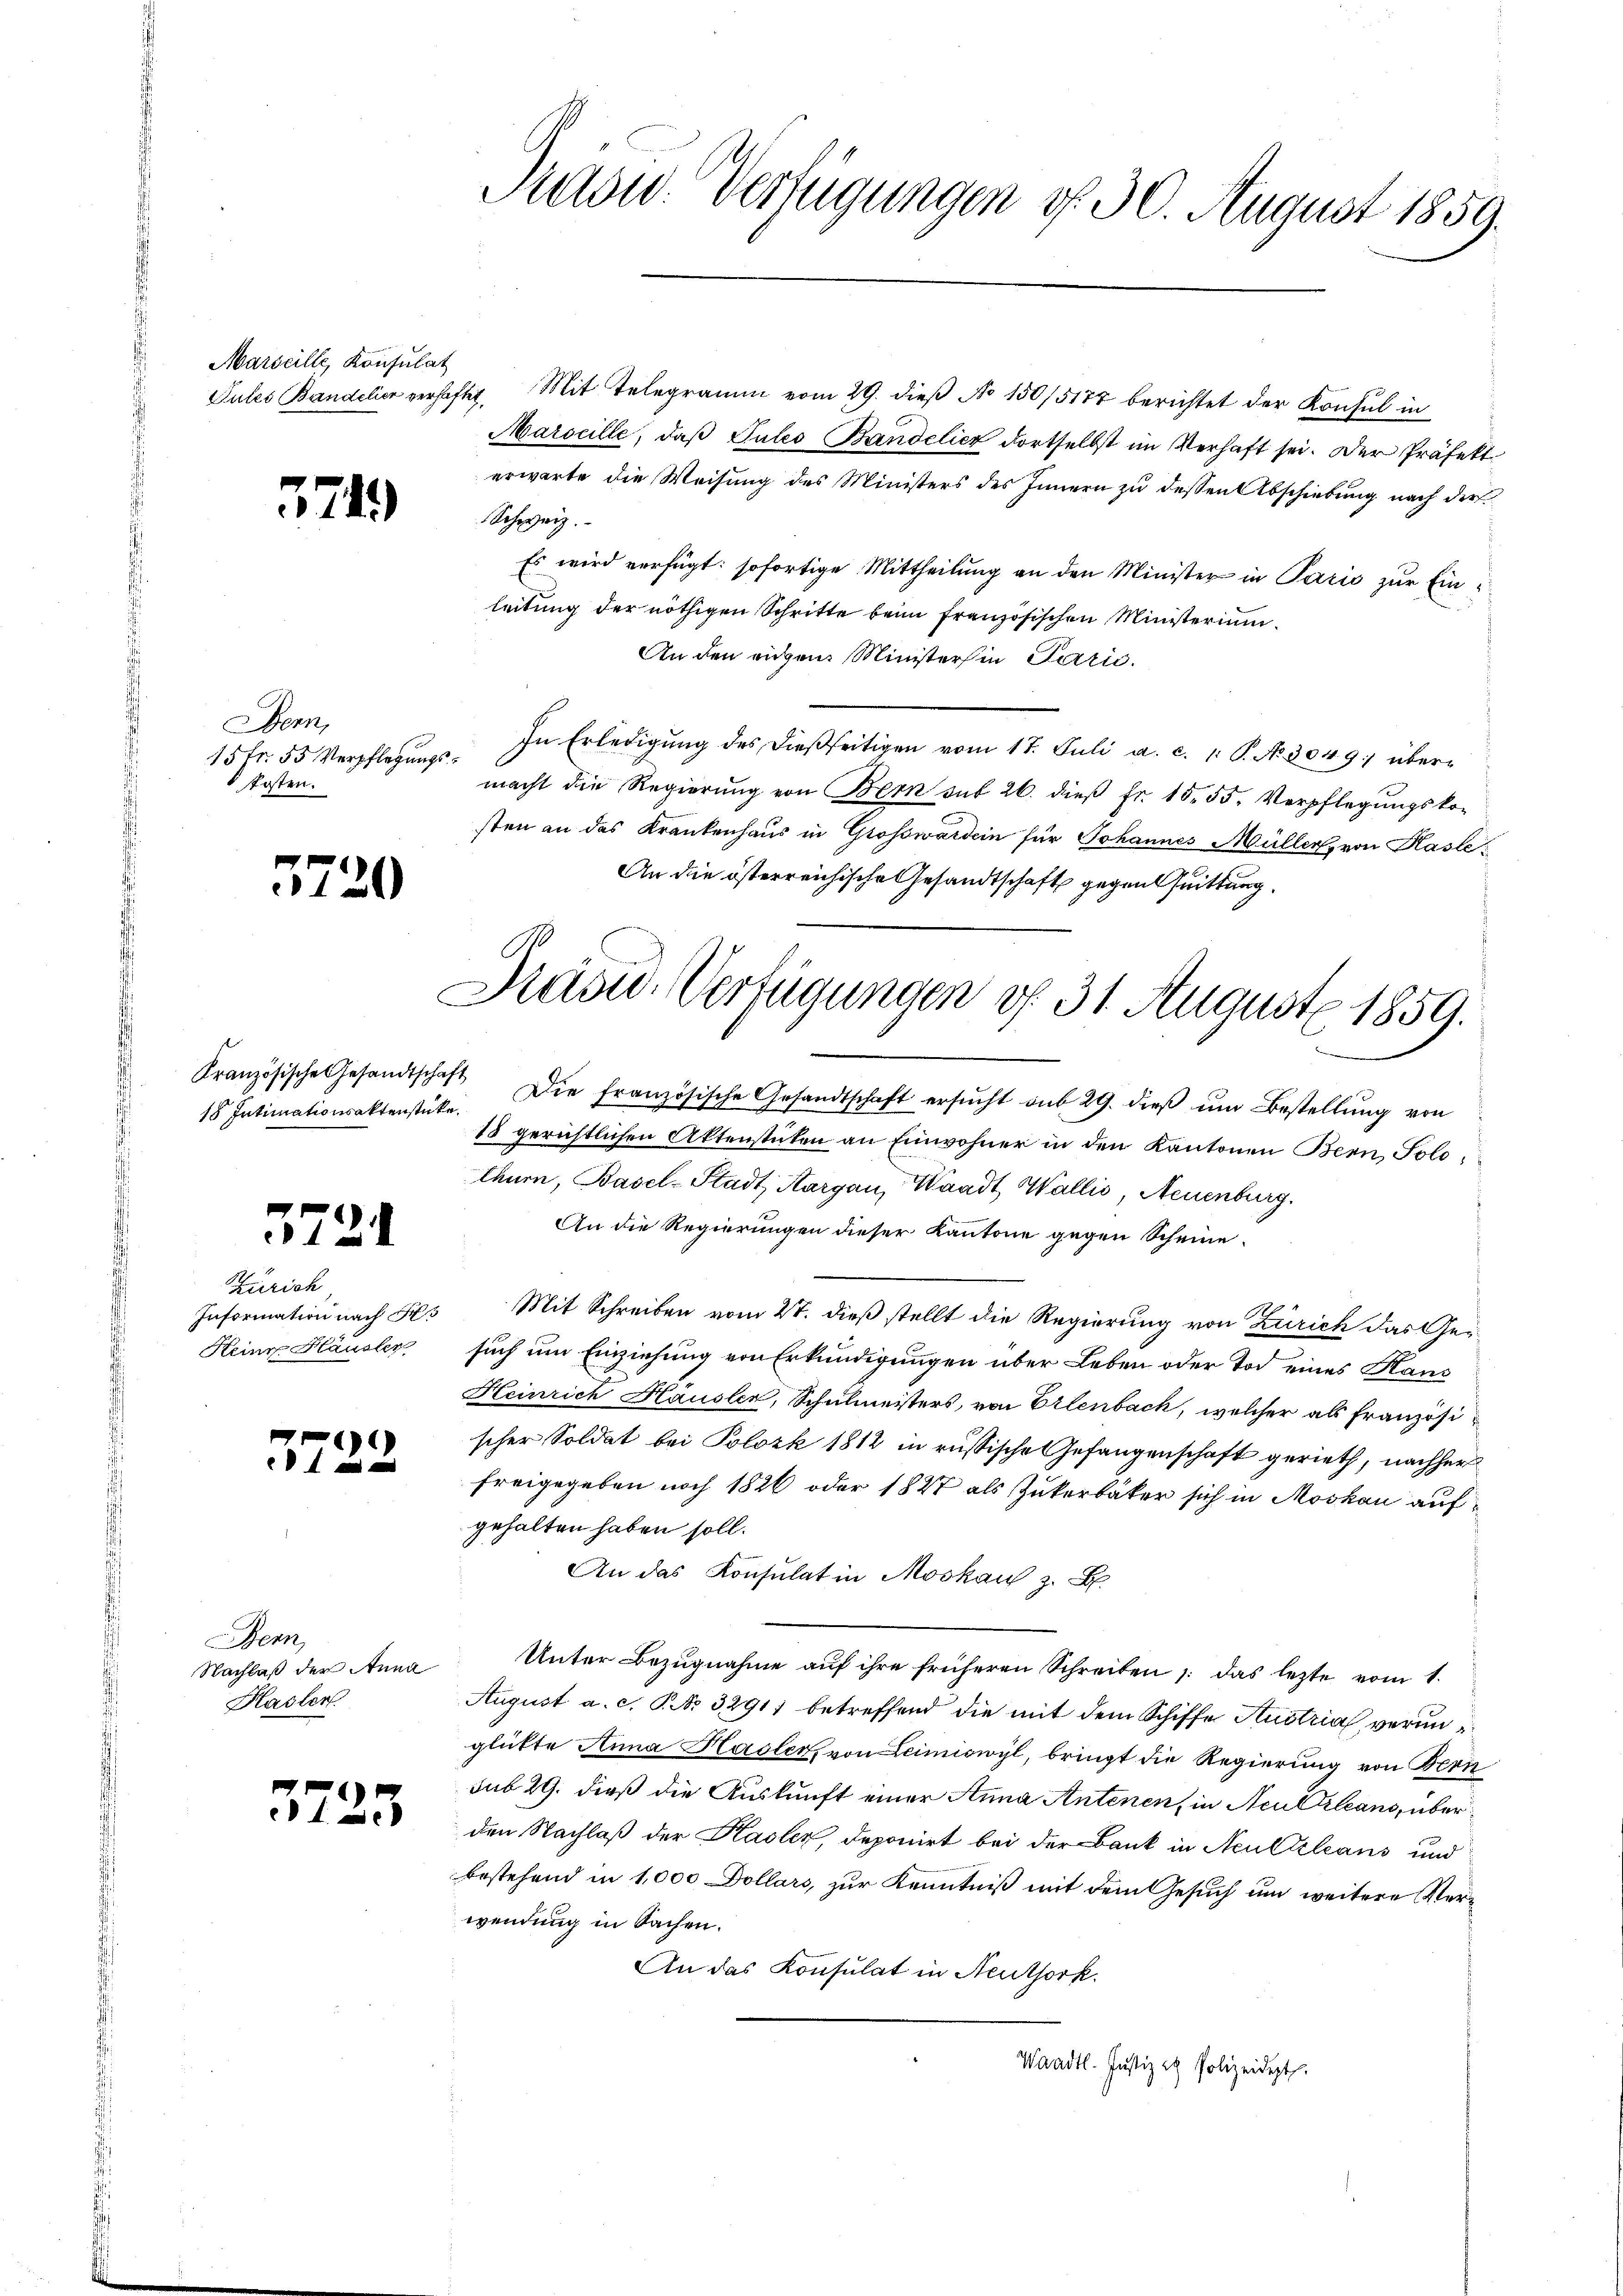
Marseille, Konsulat

574.

Bern,
15fr. 55 Verpflegungskosten.

5720

18 Intimationsaktenstücke.

3721

Zürich
Information nach Hes
Heine Häusler

)
 f 0 x

Bern,
Nachlaß der Anna
Hasler.

3725

Sidw. Verfügungen d. 30. August 1859.

Präsu- Verfügungen d. 31. August 1859.

Tules Bandelier verhaftet. Mit Telegramm vom 29. dieß No 150/5177 berichtet der Konsul in
Marseille, daβ Gutes Bandelier dortselbst im Verhaft sei. Der Präfekt
erwarte die Weisung des Ministers des Innern zu dessen Abschiebung nach der
Schweiz.
Es wird verfügt: sofortige Mittheilung an den Minister in Paris zur Einleitung der nöthigen Schritte beim französischen Ministerium.
An den eigen Ministers in Parić.
In Erledigŭng des dießseitigen vom 17. Juli a. c. 1. P. Nr. 3049 übermacht die Regierŭng von Bern sub 26. dieβ fr. 15. 55. Verpflegŭngsko-
sten an das Krankenhaus in Großwardein für Johannes Müller, von Kaste¬
An die österreichische Gesandtschaft gegen Quittung.

Französische Gesandtschaft Die französische Gesandtschaft ersŭcht sub 29. dieβ ŭm Bestellŭng von
18 gerichtlichen Aktenstüken an Einwohner in den Kantonen Bern, Solo-
thurn, Basel-Stadt Aargau, Waadt, Wallis, Neuenburg.
An die Regierungen dieser Kantone gegen Scheine
Mit Schreiben vom 21. dieß stellt die Regierung von Zürich das Gei
such um Einziehung von Erkundigungen über Leben oder Tod eines Kans
Heinrich Häusler, Schulmeisters, von Erlenbach, welcher als Französischer Soldat bei Polozk 1812 in russische Gefangenschaft gerieth, nachher
freigegeben noch 1826 oder 1827 als Zukerbäker sich in Moskau aufgehalten haben soll.
An das Konsulat in Moskau z. B.
Unter Bezugnahme auf ihre früheren Schreiben , das lezte vom 1.
August a. c. P. Nr. 32911 betreffend die mit dem Schiffe Austria verunglükte Anna Hasler, von Leimiswyl, bringt die Regierung von Bern
sub 29. dieß die Auskunft einer Anna Antonen, in Neu Orleans, überden Nachlaß der Kasler, deponirt bei der Bank in Neukleans und
bestehend in 1,000 Dollars, zur Kenntniß mit dem Gesuch um weitere Verwendung in Sachen.
An das Konsulat in Neuthork.
Waadt. Justiz in Polizeidet.